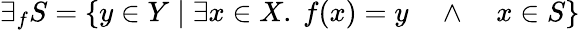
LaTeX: \exists_{f}S=\{ y\in Y\; |\; \exists x\in X.\ f(x)=y\quad\land\quad x\in S\}